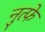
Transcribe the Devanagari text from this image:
नुत्फे